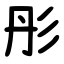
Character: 彤